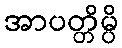
အာပတ္တိမ္ပိ